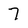
Character: 7